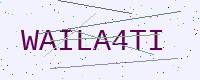
Text: WAILA4TI